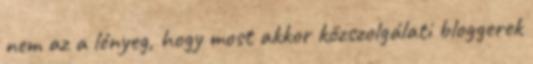
nem az a lényeg, hogy most akkor közszolgálati bloggerek